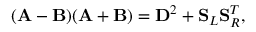
( \mathbf { A } - \mathbf { B } ) ( \mathbf { A } + \mathbf { B } ) = \mathbf { D } ^ { 2 } + \mathbf { S } _ { L } \mathbf { S } _ { R } ^ { T } ,